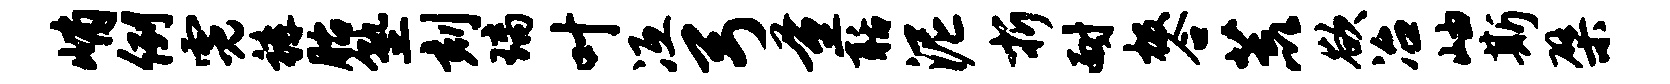
峭例霓裤胎塾刻璃叶冱弓量聒泥折耐极合荒欲冶岫斯檗